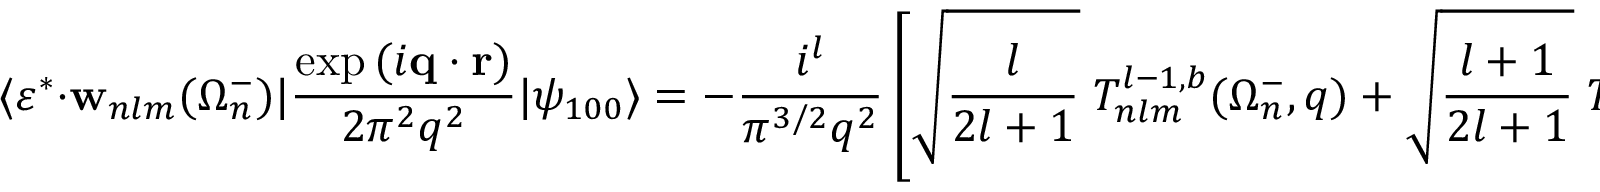
\langle \boldsymbol { \varepsilon } ^ { * } \cdot { \mathbf { w } } _ { n l m } ( \Omega _ { n } ^ { - } ) | \frac { \exp { ( i \mathbf { q } \cdot \mathbf { r } ) } } { 2 \pi ^ { 2 } q ^ { 2 } } | \psi _ { 1 0 0 } \rangle = - \frac { i ^ { l } } { { \pi } ^ { 3 / 2 } q ^ { 2 } } \left[ \sqrt { \frac { l } { 2 l + 1 } } \; { \cal T } _ { n l m } ^ { l - 1 , b } ( \Omega _ { n } ^ { - } , q ) + \sqrt { \frac { l + 1 } { 2 l + 1 } } \; { \cal T } _ { n l m } ^ { l + 1 , b } ( \Omega _ { n } ^ { - } , q ) \right] ,